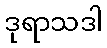
ဒုရာသဒါ